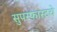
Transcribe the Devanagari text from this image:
सुपरफास्टचे